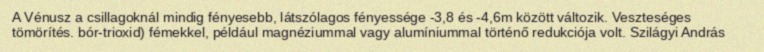
A Vénusz a csillagoknál mindig fényesebb, látszólagos fényessége -3,8 és -4,6m között változik. Veszteséges tömörítés. bór-trioxid) fémekkel, például magnéziummal vagy alumíniummal történő redukciója volt. Szilágyi András